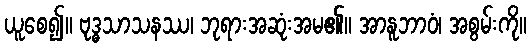
ယူစေ၍။ ဗုဒ္ဓသာသနဿ၊ ဘုရားအဆုံးအမ၏။ အာနူဘာဝံ၊ အစွမ်းကို။